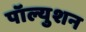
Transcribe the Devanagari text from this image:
पॉल्युशन